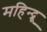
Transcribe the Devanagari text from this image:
महिन्द्रू